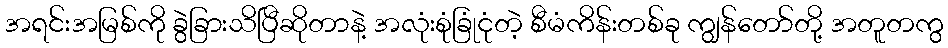
အရင်းအမြစ်ကို ခွဲခြားသိပြီဆိုတာနဲ့ အလုံးစုံခြုံငုံတဲ့ စီမံကိန်းတစ်ခု ကျွန်တော်တို့ အတူတကွ